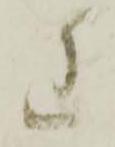
わ